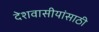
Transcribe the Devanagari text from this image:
देशवासीयांसाठी